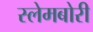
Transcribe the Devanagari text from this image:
स्‍लेमबोरी